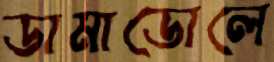
ডামাডোলে